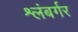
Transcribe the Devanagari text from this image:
श्लंबर्गर